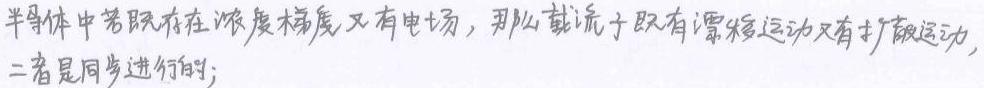
半导体中若既存在浓度梯度又有电场，那么载流子既有漂移运动又有扩散运动，二者是同步进行的；